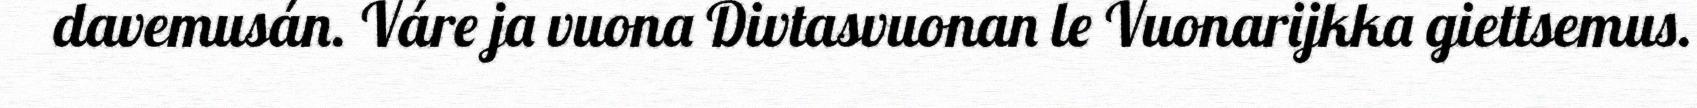
davemusán. Váre ja vuona Divtasvuonan le Vuonarijkka giettsemus.